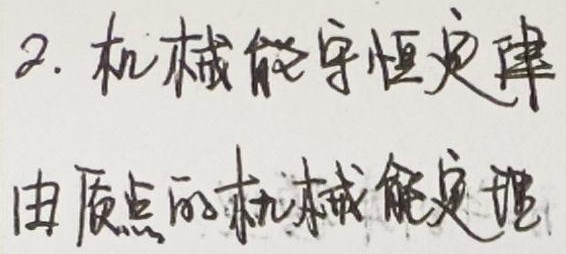
2. 机械能守恒定律由质点的机械能定理